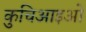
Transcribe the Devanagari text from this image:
कुचिआइओ